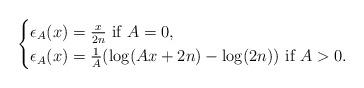
LaTeX: \begin{align*} \begin{cases} \epsilon_A(x)=\frac{x}{2n} \mbox{ if } A=0,\\ \epsilon_A(x)=\frac{1}{A}(\log (Ax+2n)-\log (2n)) \mbox{ if } A>0. \end{cases} \end{align*}